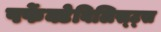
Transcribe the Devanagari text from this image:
पर्फेक्टेबिलिस्ट्स